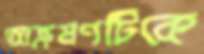
আক্রমণটিকে